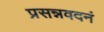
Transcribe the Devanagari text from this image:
प्रसन्नवदनं